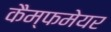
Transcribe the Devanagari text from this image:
कैम्फमेयर